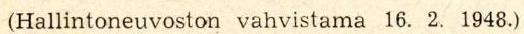
(Hallintoneuvoston vahvistama 16. 2. 1948.)